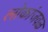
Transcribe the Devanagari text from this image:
लोकांजवळ